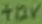
Text: +12V